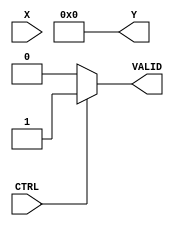
module bitwise_reciprocal (
    input wire [15:0] X,        // Input Data (16-bit fixed-point or integer)
    input wire CTRL,            // Control Signal (enable/disable)
    output reg [15:0] Y,        // Output Data (Reciprocal)
    output reg VALID            // Valid Signal
);

    // Internal signals
    reg [15:0] approx;          // Initial approximation of reciprocal
    reg [15:0] temp;            // Temporary variable for calculations
    integer i;                  // Loop index

    // Constants
    localparam MAX_ITERATIONS = 8; // Maximum iterations for convergence

    always @(*) begin
        if (CTRL) begin
            VALID = 1'b0;        // Default valid signal to low
            
            // Check for division by zero
            if (X == 16'b0) begin
                Y = 16'b0;       // Output zero for division by zero
                VALID = 1'b1;    // Signal output is valid
            end else begin
                // Initialization
                approx = 16'b0000000000000001; // Start with initial approximation (1)
                temp = X;

                // Iteratively refine the approximation
                for (i = 0; i < MAX_ITERATIONS; i = i + 1) begin
                    approx = approx * (16'b0001000000000000 - (temp * approx >> 16)); // approx = approx * (1 - X * approx)
                end
                
                Y = approx;          // Set output to the computed reciprocal
                VALID = 1'b1;       // Signal output is valid
            end
        end else begin
            VALID = 1'b0;          // If CTRL is low, output is not valid
            Y = 16'b0;             // Reset output
        end
    end
endmodule